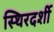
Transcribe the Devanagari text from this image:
स्थिरदर्शी